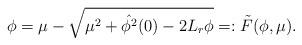
LaTeX: \begin{align*}\phi=\mu-\sqrt{\mu^{2} + \hat{\phi^2}(0)-2L_r\phi}=:\tilde{F}(\phi,\mu).\end{align*}